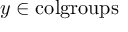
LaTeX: y \in { \mathrm { c o l g r o u p s } }